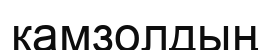
камзолдың